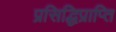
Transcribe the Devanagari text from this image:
प्रसिद्धिप्राप्ति